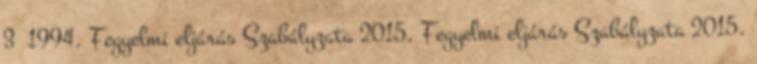
3 1994. Fegyelmi eljárás Szabályzata 2015. Fegyelmi eljárás Szabályzata 2015.